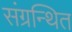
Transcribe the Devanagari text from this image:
संग्रन्थित